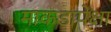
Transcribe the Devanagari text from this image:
माकडापेक्षा